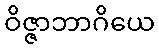
ဝိဇ္ဇာဘာဂိယေ